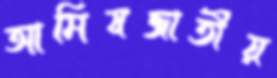
আমিষজাতীয়